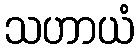
သဟာယံ